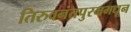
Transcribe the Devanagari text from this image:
तिरुवनंतपुरममधून